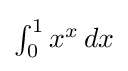
{\textstyle \int _{0}^{1}x^{x}\,dx}